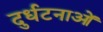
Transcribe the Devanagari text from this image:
दुर्धटनाओं